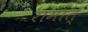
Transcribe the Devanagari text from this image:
रामात्